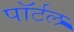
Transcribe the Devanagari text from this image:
पॉर्टल